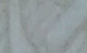
جائعين